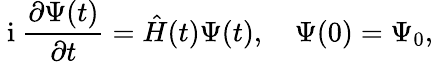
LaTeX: \mathrm{~i~}\frac{\partial\Psi(t)}{\partial t}=\hat{H}(t)\Psi(t),\quad\Psi(0)=\Psi_{0},